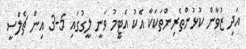
އަދި ޒުވާން ކުޅުންތެރިންތަކަކާ އެކު އެޓީމު ވަނީ ލީގުގައި 5-3 އިން ޗެލްސީ